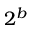
2 ^ { b }